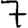
Digit: 7